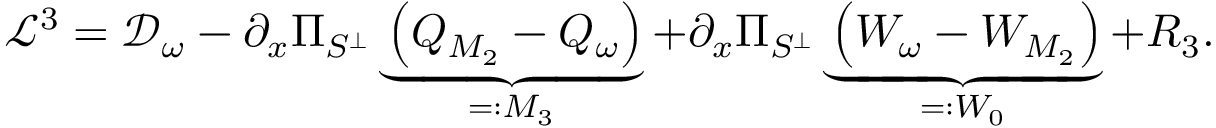
\begin{array} { r } { \mathcal { L } ^ { 3 } = \mathcal { D } _ { \omega } - \partial _ { x } \Pi _ { S ^ { \perp } } \underbrace { \left( Q _ { M _ { 2 } } - Q _ { \omega } \right) } _ { = : M _ { 3 } } + \partial _ { x } \Pi _ { S ^ { \perp } } \underbrace { \left( W _ { \omega } - W _ { M _ { 2 } } \right) } _ { = : W _ { 0 } } + R _ { 3 } . } \end{array}